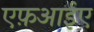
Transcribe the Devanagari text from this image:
एफ़आईए